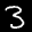
Label: 3